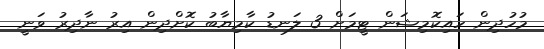
މުހުދިން ހައިކޮމިޝަން ޓީމަށް 3 ލަނޑު ކާމިޔާބު ކޮށްދިން އިރު ނާދިރު ވަނީ